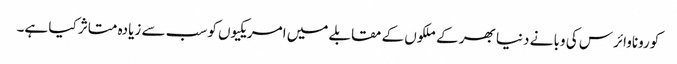
کوروناوائرس کی وبا نے دنیا بھر کے ملکوں کے مقابلے میں امریکیوں کو سب سے زیادہ متاثر کیا ہے۔